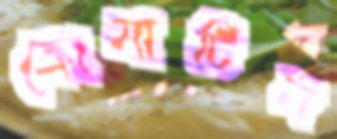
ক্রোমাটিন